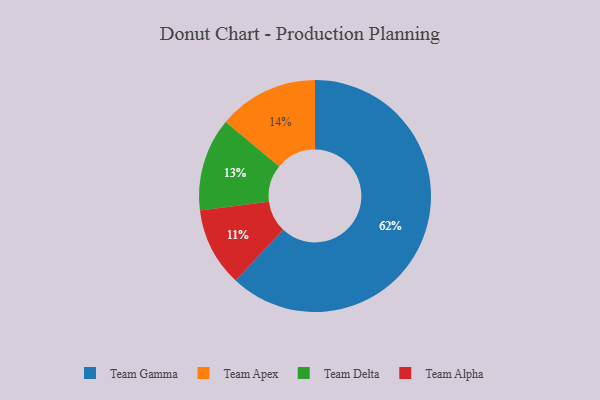
{"axis": {"x": "Category", "y": "Percentage"}, "legend": ["Team Alpha", "Team Apex", "Team Delta", "Team Gamma"], "data": [{"x": "Team Delta", "y": 13, "type": "Team Delta"}, {"x": "Team Alpha", "y": 11, "type": "Team Alpha"}, {"x": "Team Apex", "y": 14, "type": "Team Apex"}, {"x": "Team Gamma", "y": 62, "type": "Team Gamma"}]}